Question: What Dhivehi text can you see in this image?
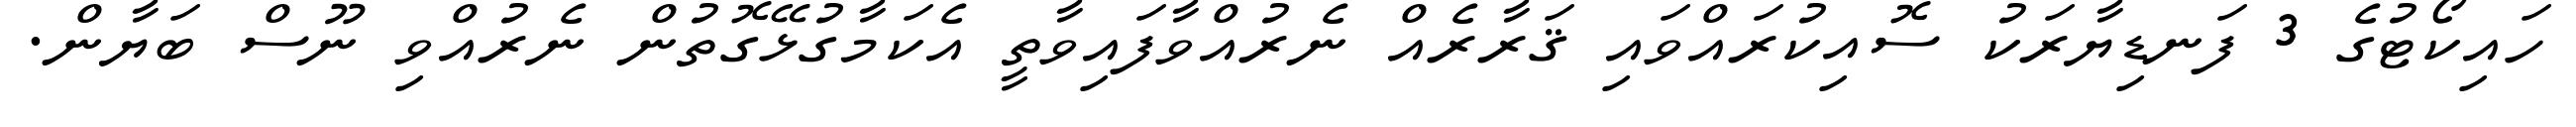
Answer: ހައިކޯޓުގެ 3 ފަނޑިޔާރަކު ސޮއިކުރައްވައި ޤަރާރެއް ނެރުއްވާފައިވާތީ އެކަމާގުޅޭގޮތުން ނެރުއްވި ނޫސް ބަޔާން.